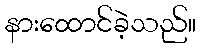
နားထောင်ခဲ့သည်။